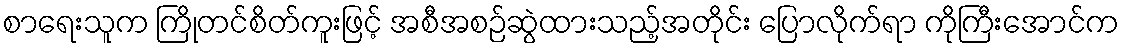
စာရေးသူက ကြိုတင်စိတ်ကူးဖြင့် အစီအစဉ်ဆွဲထားသည့်အတိုင်း ပြောလိုက်ရာ ကိုကြီးအောင်က